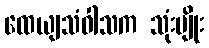
ထေယျသံဝါသက သုံးမျိုး